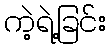
ကဲ့ရဲ့ခြင်း